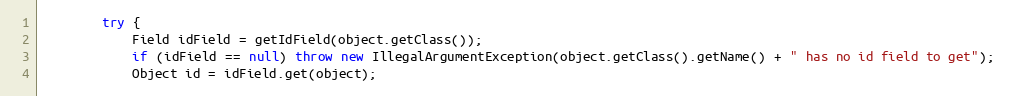
Language: Java
		try {
			Field idField = getIdField(object.getClass());
			if (idField == null) throw new IllegalArgumentException(object.getClass().getName() + " has no id field to get");
			Object id = idField.get(object);